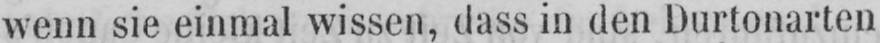
wenn sie einmal wissen, dass in den Durtonarten